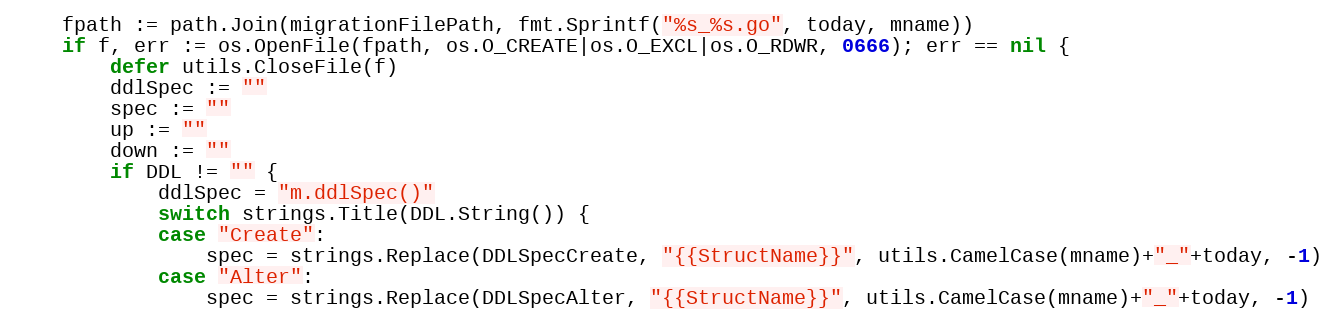
Language: Go
	fpath := path.Join(migrationFilePath, fmt.Sprintf("%s_%s.go", today, mname))
	if f, err := os.OpenFile(fpath, os.O_CREATE|os.O_EXCL|os.O_RDWR, 0666); err == nil {
		defer utils.CloseFile(f)
		ddlSpec := ""
		spec := ""
		up := ""
		down := ""
		if DDL != "" {
			ddlSpec = "m.ddlSpec()"
			switch strings.Title(DDL.String()) {
			case "Create":
				spec = strings.Replace(DDLSpecCreate, "{{StructName}}", utils.CamelCase(mname)+"_"+today, -1)
			case "Alter":
				spec = strings.Replace(DDLSpecAlter, "{{StructName}}", utils.CamelCase(mname)+"_"+today, -1)